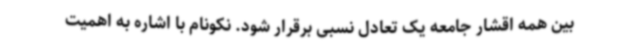
بین همه اقشار جامعه یک تعادل نسبی برقرار شود. نکونام با اشاره به اهمیت